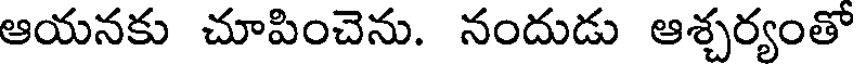
ఆయనకు చూపించెను. నందుడు ఆశ్చర్యంతో